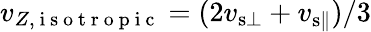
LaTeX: v_{Z,\mathrm{~i~s~o~t~r~o~p~i~c~}}=(2v_{{\mathrm{s}}\bot}+v_{{\mathrm{s}}\parallel})/3